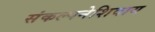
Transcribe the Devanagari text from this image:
संकल्पनेशिवाय